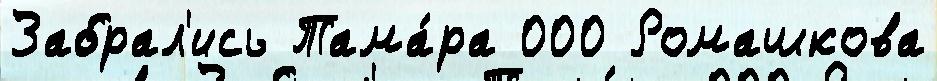
Забрал'ись Тама́ра 000 Ромашкова